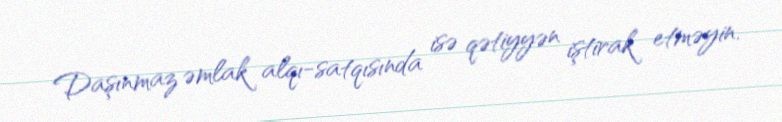
Daşınmaz əmlak alqı-satqısında isə qətiyyən iştirak etməyin.